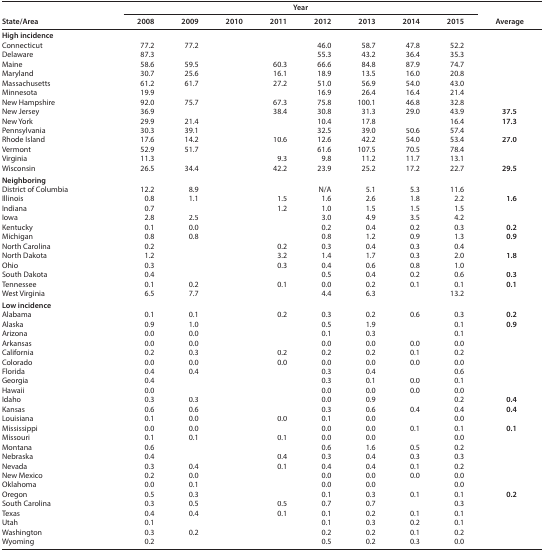
<table><thead><tr><td rowspan="2"><b>State/Area</b></td><td colspan="8"><b>Year</b></td><td rowspan="2"><b>Average</b></td></tr><tr><td><b>2008</b></td><td><b>2009</b></td><td><b>2010</b></td><td><b>2011</b></td><td><b>2012</b></td><td><b>2013</b></td><td><b>2014</b></td><td><b>2015</b></td></tr></thead><tbody><tr><td colspan="10">High incidence</td></tr><tr><td><b>Connecticut</b></td><td>77.2</td><td>77.2</td><td>[EMPTY_CELL]</td><td>[EMPTY_CELL]</td><td>46.0</td><td>58.7</td><td>47.8</td><td>52.2</td><td>[EMPTY_CELL]</td></tr><tr><td><b>Delaware</b></td><td>87.3</td><td>[EMPTY_CELL]</td><td>[EMPTY_CELL]</td><td>[EMPTY_CELL]</td><td>55.3</td><td>43.2</td><td>36.4</td><td>35.3</td><td>[EMPTY_CELL]</td></tr><tr><td><b>Maine</b></td><td>58.6</td><td>59.5</td><td>[EMPTY_CELL]</td><td>60.3</td><td>66.6</td><td>84.8</td><td>87.9</td><td>74.7</td><td>[EMPTY_CELL]</td></tr><tr><td><b>Maryland</b></td><td>30.7</td><td>25.6</td><td>[EMPTY_CELL]</td><td>16.1</td><td>18.9</td><td>13.5</td><td>16.0</td><td>20.8</td><td>[EMPTY_CELL]</td></tr><tr><td><b>Massachusetts</b></td><td>61.2</td><td>61.7</td><td>[EMPTY_CELL]</td><td>27.2</td><td>51.0</td><td>56.9</td><td>54.0</td><td>43.0</td><td>[EMPTY_CELL]</td></tr><tr><td><b>Minnesota</b></td><td>19.9</td><td>[EMPTY_CELL]</td><td>[EMPTY_CELL]</td><td>[EMPTY_CELL]</td><td>16.9</td><td>26.4</td><td>16.4</td><td>21.4</td><td>[EMPTY_CELL]</td></tr><tr><td><b>New Hampshire</b></td><td>92.0</td><td>75.7</td><td>[EMPTY_CELL]</td><td>67.3</td><td>75.8</td><td>100.1</td><td>46.8</td><td>32.8</td><td>[EMPTY_CELL]</td></tr><tr><td><b>New Jersey</b></td><td>36.9</td><td>[EMPTY_CELL]</td><td>[EMPTY_CELL]</td><td>38.4</td><td>30.8</td><td>31.3</td><td>29.0</td><td>43.9</td><td><b>37.5</b></td></tr><tr><td><b>New York</b></td><td>29.9</td><td>21.4</td><td>[EMPTY_CELL]</td><td>[EMPTY_CELL]</td><td>10.4</td><td>17.8</td><td>[EMPTY_CELL]</td><td>16.4</td><td><b>17.3</b></td></tr><tr><td><b>Pennsylvania</b></td><td>30.3</td><td>39.1</td><td>[EMPTY_CELL]</td><td>[EMPTY_CELL]</td><td>32.5</td><td>39.0</td><td>50.6</td><td>57.4</td><td>[EMPTY_CELL]</td></tr><tr><td><b>Rhode Island</b></td><td>17.6</td><td>14.2</td><td>[EMPTY_CELL]</td><td>10.6</td><td>12.6</td><td>42.2</td><td>54.0</td><td>53.4</td><td><b>27.0</b></td></tr><tr><td><b>Vermont</b></td><td>52.9</td><td>51.7</td><td>[EMPTY_CELL]</td><td>[EMPTY_CELL]</td><td>61.6</td><td>107.5</td><td>70.5</td><td>78.4</td><td>[EMPTY_CELL]</td></tr><tr><td><b>Virginia</b></td><td>11.3</td><td>[EMPTY_CELL]</td><td>[EMPTY_CELL]</td><td>9.3</td><td>9.8</td><td>11.2</td><td>11.7</td><td>13.1</td><td>[EMPTY_CELL]</td></tr><tr><td><b>Wisconsin</b></td><td>26.5</td><td>34.4</td><td>[EMPTY_CELL]</td><td>42.2</td><td>23.9</td><td>25.2</td><td>17.2</td><td>22.7</td><td><b>29.5</b></td></tr><tr><td colspan="10">Neighboring</td></tr><tr><td><b>District of Columbia</b></td><td>12.2</td><td>8.9</td><td>[EMPTY_CELL]</td><td>[EMPTY_CELL]</td><td>N/A</td><td>5.1</td><td>5.3</td><td>11.6</td><td>[EMPTY_CELL]</td></tr><tr><td><b>Illinois</b></td><td>0.8</td><td>1.1</td><td>[EMPTY_CELL]</td><td>1.5</td><td>1.6</td><td>2.6</td><td>1.8</td><td>2.2</td><td><b>1.6</b></td></tr><tr><td><b>Indiana</b></td><td>0.7</td><td>[EMPTY_CELL]</td><td>[EMPTY_CELL]</td><td>1.2</td><td>1.0</td><td>1.5</td><td>1.5</td><td>1.5</td><td>[EMPTY_CELL]</td></tr><tr><td><b>Iowa</b></td><td>2.8</td><td>2.5</td><td>[EMPTY_CELL]</td><td>[EMPTY_CELL]</td><td>3.0</td><td>4.9</td><td>3.5</td><td>4.2</td><td>[EMPTY_CELL]</td></tr><tr><td><b>Kentucky</b></td><td>0.1</td><td>0.0</td><td>[EMPTY_CELL]</td><td>[EMPTY_CELL]</td><td>0.2</td><td>0.4</td><td>0.2</td><td>0.3</td><td><b>0.2</b></td></tr><tr><td><b>Michigan</b></td><td>0.8</td><td>0.8</td><td>[EMPTY_CELL]</td><td>[EMPTY_CELL]</td><td>0.8</td><td>1.2</td><td>0.9</td><td>1.3</td><td><b>0.9</b></td></tr><tr><td><b>North Carolina</b></td><td>0.2</td><td>[EMPTY_CELL]</td><td>[EMPTY_CELL]</td><td>0.2</td><td>0.3</td><td>0.4</td><td>0.3</td><td>0.4</td><td>[EMPTY_CELL]</td></tr><tr><td><b>North Dakota</b></td><td>1.2</td><td>[EMPTY_CELL]</td><td>[EMPTY_CELL]</td><td>3.2</td><td>1.4</td><td>1.7</td><td>0.3</td><td>2.0</td><td><b>1.8</b></td></tr><tr><td><b>Ohio</b></td><td>0.3</td><td>[EMPTY_CELL]</td><td>[EMPTY_CELL]</td><td>0.3</td><td>0.4</td><td>0.6</td><td>0.8</td><td>1.0</td><td>[EMPTY_CELL]</td></tr><tr><td><b>South Dakota</b></td><td>0.4</td><td>[EMPTY_CELL]</td><td>[EMPTY_CELL]</td><td>[EMPTY_CELL]</td><td>0.5</td><td>0.4</td><td>0.2</td><td>0.6</td><td><b>0.3</b></td></tr><tr><td><b>Tennessee</b></td><td>0.1</td><td>0.2</td><td>[EMPTY_CELL]</td><td>0.1</td><td>0.0</td><td>0.2</td><td>0.1</td><td>0.1</td><td><b>0.1</b></td></tr><tr><td><b>West Virginia</b></td><td>6.5</td><td>7.7</td><td>[EMPTY_CELL]</td><td>[EMPTY_CELL]</td><td>4.4</td><td>6.3</td><td>[EMPTY_CELL]</td><td>13.2</td><td>[EMPTY_CELL]</td></tr><tr><td colspan="10">Low incidence</td></tr><tr><td><b>Alabama</b></td><td>0.1</td><td>0.1</td><td>[EMPTY_CELL]</td><td>0.2</td><td>0.3</td><td>0.2</td><td>0.6</td><td>0.3</td><td><b>0.2</b></td></tr><tr><td><b>Alaska</b></td><td>0.9</td><td>1.0</td><td>[EMPTY_CELL]</td><td>[EMPTY_CELL]</td><td>0.5</td><td>1.9</td><td>[EMPTY_CELL]</td><td>0.1</td><td><b>0.9</b></td></tr><tr><td><b>Arizona</b></td><td>0.0</td><td>0.0</td><td>[EMPTY_CELL]</td><td>[EMPTY_CELL]</td><td>0.1</td><td>0.3</td><td>[EMPTY_CELL]</td><td>0.1</td><td>[EMPTY_CELL]</td></tr><tr><td><b>Arkansas</b></td><td>0.0</td><td>0.0</td><td>[EMPTY_CELL]</td><td>[EMPTY_CELL]</td><td>0.0</td><td>0.0</td><td>0.0</td><td>0.0</td><td>[EMPTY_CELL]</td></tr><tr><td><b>California</b></td><td>0.2</td><td>0.3</td><td>[EMPTY_CELL]</td><td>0.2</td><td>0.2</td><td>0.2</td><td>0.1</td><td>0.2</td><td>[EMPTY_CELL]</td></tr><tr><td><b>Colorado</b></td><td>0.0</td><td>0.0</td><td>[EMPTY_CELL]</td><td>0.0</td><td>0.0</td><td>0.0</td><td>0.0</td><td>0.0</td><td>[EMPTY_CELL]</td></tr><tr><td><b>Florida</b></td><td>0.4</td><td>0.4</td><td>[EMPTY_CELL]</td><td>[EMPTY_CELL]</td><td>0.3</td><td>0.4</td><td>[EMPTY_CELL]</td><td>0.6</td><td>[EMPTY_CELL]</td></tr><tr><td><b>Georgia</b></td><td>0.4</td><td>[EMPTY_CELL]</td><td>[EMPTY_CELL]</td><td>[EMPTY_CELL]</td><td>0.3</td><td>0.1</td><td>0.0</td><td>0.1</td><td>[EMPTY_CELL]</td></tr><tr><td><b>Hawaii</b></td><td>0.0</td><td>[EMPTY_CELL]</td><td>[EMPTY_CELL]</td><td>[EMPTY_CELL]</td><td>0.0</td><td>0.0</td><td>0.0</td><td>0.0</td><td>[EMPTY_CELL]</td></tr><tr><td><b>Idaho</b></td><td>0.3</td><td>0.3</td><td>[EMPTY_CELL]</td><td>[EMPTY_CELL]</td><td>0.0</td><td>0.9</td><td>[EMPTY_CELL]</td><td>0.2</td><td><b>0.4</b></td></tr><tr><td><b>Kansas</b></td><td>0.6</td><td>0.6</td><td>[EMPTY_CELL]</td><td>[EMPTY_CELL]</td><td>0.3</td><td>0.6</td><td>0.4</td><td>0.4</td><td><b>0.4</b></td></tr><tr><td><b>Louisiana</b></td><td>0.1</td><td>0.0</td><td>[EMPTY_CELL]</td><td>0.0</td><td>0.1</td><td>0.0</td><td>[EMPTY_CELL]</td><td>0.0</td><td>[EMPTY_CELL]</td></tr><tr><td><b>Mississippi</b></td><td>0.0</td><td>0.0</td><td>[EMPTY_CELL]</td><td>[EMPTY_CELL]</td><td>0.0</td><td>0.0</td><td>0.1</td><td>0.1</td><td><b>0.1</b></td></tr><tr><td><b>Missouri</b></td><td>0.1</td><td>0.1</td><td>[EMPTY_CELL]</td><td>0.1</td><td>0.0</td><td>0.0</td><td>[EMPTY_CELL]</td><td>0.0</td><td>[EMPTY_CELL]</td></tr><tr><td><b>Montana</b></td><td>0.6</td><td>[EMPTY_CELL]</td><td>[EMPTY_CELL]</td><td>[EMPTY_CELL]</td><td>0.6</td><td>1.6</td><td>0.5</td><td>0.2</td><td>[EMPTY_CELL]</td></tr><tr><td><b>Nebraska</b></td><td>0.4</td><td>[EMPTY_CELL]</td><td>[EMPTY_CELL]</td><td>0.4</td><td>0.3</td><td>0.4</td><td>0.3</td><td>0.3</td><td>[EMPTY_CELL]</td></tr><tr><td><b>Nevada</b></td><td>0.3</td><td>0.4</td><td>[EMPTY_CELL]</td><td>0.1</td><td>0.4</td><td>0.4</td><td>0.1</td><td>0.2</td><td>[EMPTY_CELL]</td></tr><tr><td><b>New Mexico</b></td><td>0.2</td><td>0.0</td><td>[EMPTY_CELL]</td><td>[EMPTY_CELL]</td><td>0.0</td><td>0.0</td><td>0.0</td><td>0.0</td><td>[EMPTY_CELL]</td></tr><tr><td><b>Oklahoma</b></td><td>0.0</td><td>0.1</td><td>[EMPTY_CELL]</td><td>[EMPTY_CELL]</td><td>0.0</td><td>0.0</td><td>[EMPTY_CELL]</td><td>0.0</td><td>[EMPTY_CELL]</td></tr><tr><td><b>Oregon</b></td><td>0.5</td><td>0.3</td><td>[EMPTY_CELL]</td><td>[EMPTY_CELL]</td><td>0.1</td><td>0.3</td><td>0.1</td><td>0.1</td><td><b>0.2</b></td></tr><tr><td><b>South Carolina</b></td><td>0.3</td><td>0.5</td><td>[EMPTY_CELL]</td><td>0.5</td><td>0.7</td><td>0.7</td><td>[EMPTY_CELL]</td><td>0.3</td><td>[EMPTY_CELL]</td></tr><tr><td><b>Texas</b></td><td>0.4</td><td>0.4</td><td>[EMPTY_CELL]</td><td>0.1</td><td>0.1</td><td>0.2</td><td>0.1</td><td>0.1</td><td>[EMPTY_CELL]</td></tr><tr><td><b>Utah</b></td><td>0.1</td><td>[EMPTY_CELL]</td><td>[EMPTY_CELL]</td><td>[EMPTY_CELL]</td><td>0.1</td><td>0.3</td><td>0.2</td><td>0.1</td><td>[EMPTY_CELL]</td></tr><tr><td><b>Washington</b></td><td>0.3</td><td>0.2</td><td>[EMPTY_CELL]</td><td>[EMPTY_CELL]</td><td>0.2</td><td>0.2</td><td>0.1</td><td>0.2</td><td>[EMPTY_CELL]</td></tr><tr><td><b>Wyoming</b></td><td>0.2</td><td>[EMPTY_CELL]</td><td>[EMPTY_CELL]</td><td>[EMPTY_CELL]</td><td>0.5</td><td>0.2</td><td>0.3</td><td>0.0</td><td>[EMPTY_CELL]</td></tr></tbody></table>